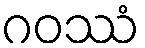
ဂဝဿံ